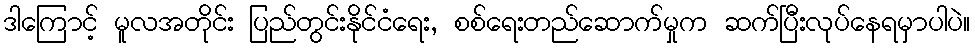
ဒါကြောင့် မူလအတိုင်း ပြည်တွင်းနိုင်ငံရေး, စစ်ရေးတည်ဆောက်မှုက ဆက်ပြီးလုပ်နေရမှာပါပဲ။